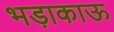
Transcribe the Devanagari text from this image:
भड़ाकाऊ